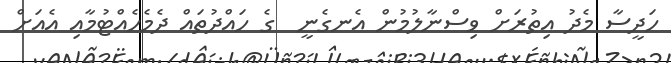
ހަދީސާ މެދު އިތުރަށް ވިސްނާލުމުން އެނގެނީ  ގެ ހައްދުތައް ދެމެހެއްޓުމާއި އެއަށް